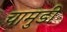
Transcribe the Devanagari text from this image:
चामुडी